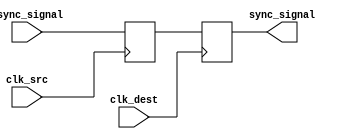
module dual_flip_flop_synchronizer (
    input wire clk_src,        // Source clock
    input wire clk_dest,       // Destination clock
    input wire async_signal,    // Asynchronous input signal to be synchronized
    output reg sync_signal      // Synchronized output signal
);

    // Internal signal to hold the output of the first flip-flop
    reg ff1_out;

    // First flip-flop: samples the asynchronous signal on the source clock
    always @(posedge clk_src) begin
        ff1_out <= async_signal;
    end

    // Second flip-flop: samples the output of the first flip-flop on the destination clock
    always @(posedge clk_dest) begin
        sync_signal <= ff1_out;
    end

endmodule